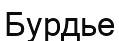
Бурдье